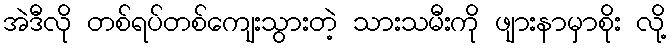
အဲဒီလို တစ်ရပ်တစ်ကျေးသွားတဲ့ သားသမီးကို ဖျားနာမှာစိုး လို့